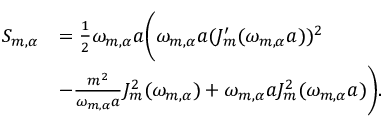
\begin{array} { r l } { S _ { m , \alpha } } & { = \frac { 1 } { 2 } \omega _ { m , \alpha } a \Bigg ( \omega _ { m , \alpha } a ( J _ { m } ^ { \prime } ( \omega _ { m , \alpha } a ) ) ^ { 2 } } \\ & { - \frac { m ^ { 2 } } { \omega _ { m , \alpha } a } J _ { m } ^ { 2 } ( \omega _ { m , \alpha } ) + \omega _ { m , \alpha } a J _ { m } ^ { 2 } ( \omega _ { m , \alpha } a ) \Bigg ) . } \end{array}